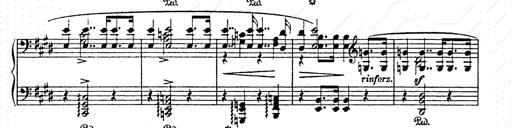
Title: AnnÃ©es de pÃ¨lerinage II
Composer: Franz Liszt